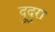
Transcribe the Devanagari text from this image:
दुदुरा